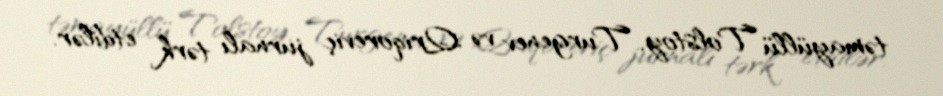
təmayüllü Tolstoy, Turgenev və Qriqoreviç jurnalı tərk etdilər.